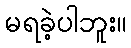
မရခဲ့ပါဘူး။